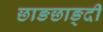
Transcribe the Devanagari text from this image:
छाङछाङ्दी